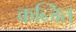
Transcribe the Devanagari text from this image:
कब्जित